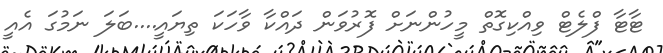
ޓާޓާ ފްލެޓް ވިއްކިގޮތް މީހުންނަށް ފޮރުވަން ދައްކާ ވާހަކަ ތިޔައީ....ބަލަ ނަމުގަ އެއީ